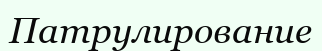
Патрулирование